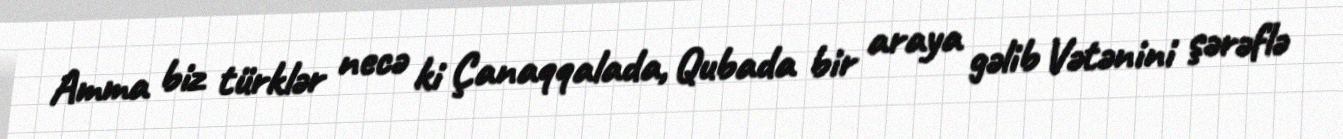
Amma biz türklər necə ki Çanaqqalada, Qubada bir araya gəlib Vətənini şərəflə